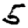
Digit: 5